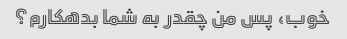
خوب، پس من چقدر به شما بدهکارم؟